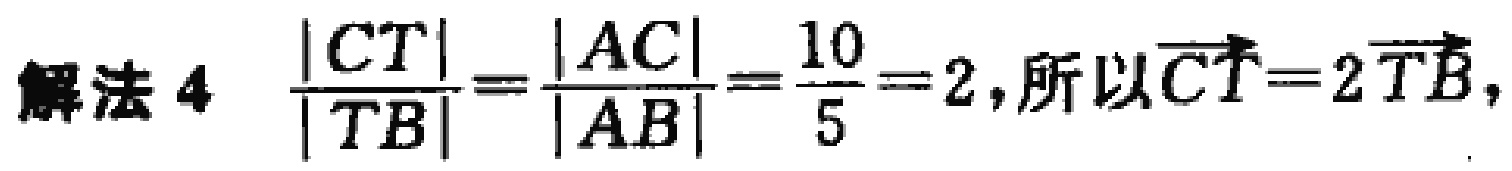
解法 4 $\frac{|CT|}{|TB|}=\frac{|AC|}{|AB|}=\frac{10}{5}=2$, 所以 $\overrightarrow{CT}=2\overrightarrow{TB}$,